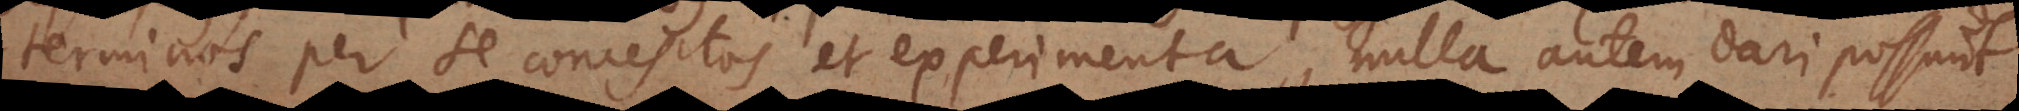
terminos per se conceptos et experimenta, nulla autem dari possunt